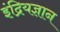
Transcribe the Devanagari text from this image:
इंद्रियज्ञान